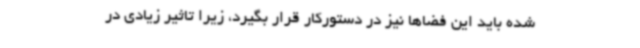
شده باید این فضاها نیز در دستورکار قرار بگیرد، زیرا تاثیر زیادی در